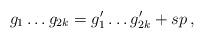
LaTeX: \begin{align*}g_1\dots g_{2k} = g'_1 \dots g'_{2k} + s p \,,\end{align*}